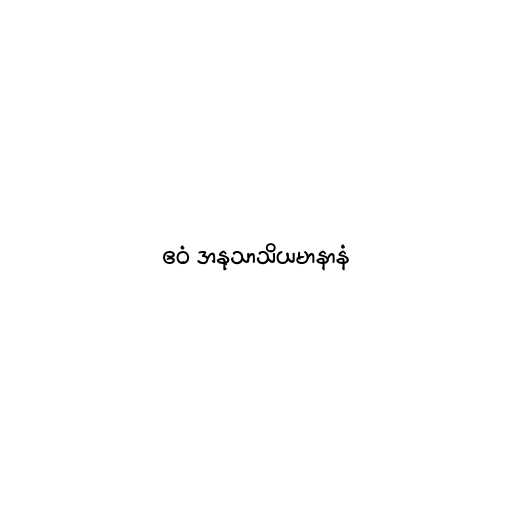
ဧဝံ အနုသာသိယမာနာနံ